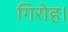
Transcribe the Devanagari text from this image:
गिरोह।